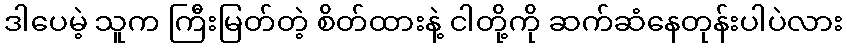
ဒါပေမဲ့ သူက ကြီးမြတ်တဲ့ စိတ်ထားနဲ့ ငါတို့ကို ဆက်ဆံနေတုန်းပါပဲလား